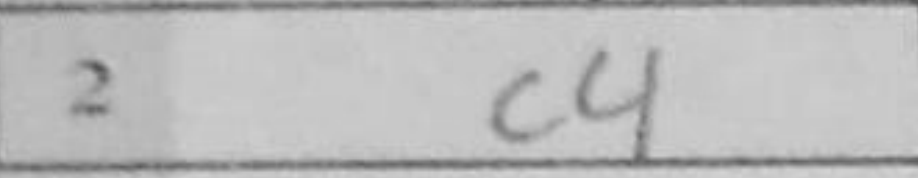
Transcription: c4